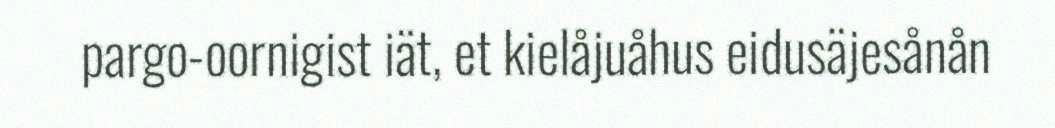
pargo-oornigist iät, et kielåjuåhus eidusäjesånån